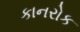
કાનરોક